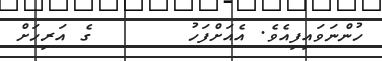
ހުންނަވައިފިއެވެ. އެއަށްފަހު       ގެ އަރިހަށް